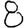
Digit: 8